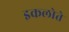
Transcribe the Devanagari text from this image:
इकलोते